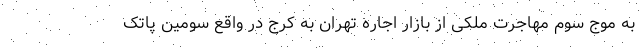
به موج سوم مهاجرت ملکی از بازار اجاره تهران به کرج در واقع سومین پاتک